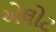
એલોટ